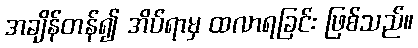
အချိန်တန်၍ အိပ်ရာမှ ထလာရခြင်း ဖြစ်သည်။